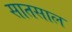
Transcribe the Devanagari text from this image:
सातसाल